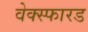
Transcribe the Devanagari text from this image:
वेक्स्फारड